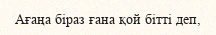
Ағаңа біраз ғана қой бітті деп,